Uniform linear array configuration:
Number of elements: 24
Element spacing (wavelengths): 0.75
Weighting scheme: hamming
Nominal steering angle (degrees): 15
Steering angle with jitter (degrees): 14.084
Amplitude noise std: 0.05
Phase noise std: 0.05

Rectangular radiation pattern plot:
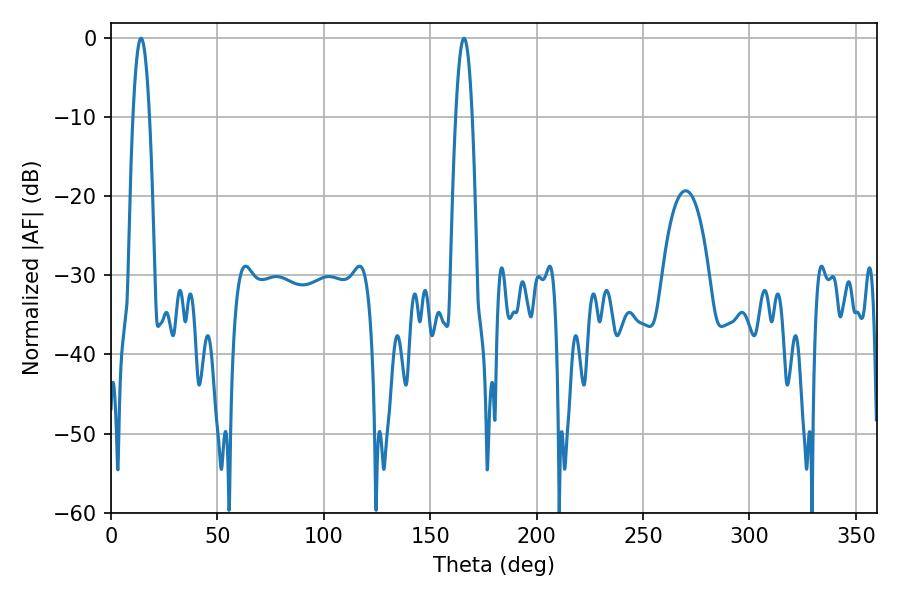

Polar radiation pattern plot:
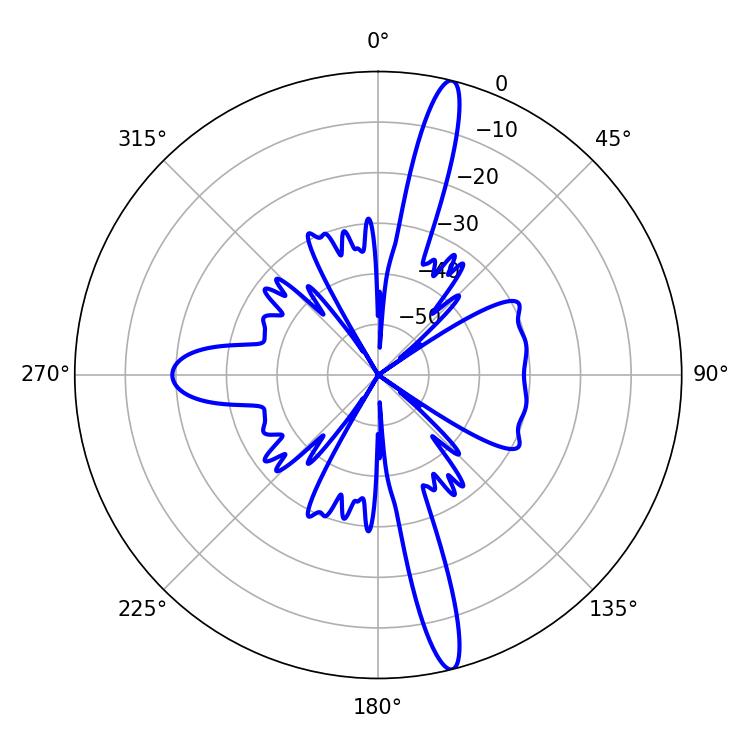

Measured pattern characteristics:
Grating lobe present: TRUE
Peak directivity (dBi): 17.267
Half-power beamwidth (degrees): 4.14
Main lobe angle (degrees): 14.04